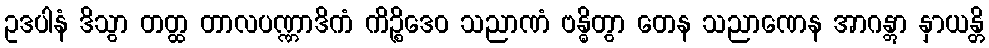
ဥဒပါနံ ဒိသွာ တတ္ထ တာလပဏ္ဏာဒိကံ ကိဉ္စိဒေဝ သညာဏံ ဗန္ဓိတွာ တေန သညာဏေန အာဂန္တွာ နှာယန္တိ